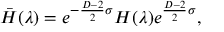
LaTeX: \bar { H } ( \lambda ) = e ^ { - { \frac { D - 2 } { 2 } } \sigma } H ( \lambda ) e ^ { { \frac { D - 2 } { 2 } } \sigma } ,